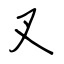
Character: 叉